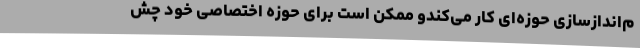
م‌اندازسازی حوزه‌ای کار می‌کندو ممکن است برای حوزه اختصاصی خود چش